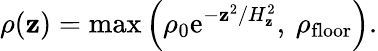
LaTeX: \rho(\mathbf{z})=\mathrm{{max}}\left(\rho_{0}\mathrm{{e}}^{-\mathbf{z}^{2}/H_{\mathbf{z}}^{2}},\: \rho_{\mathrm{{floor}}}\right).